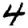
Digit: 4